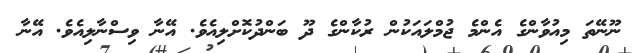
ނޫނޭތަ މިއުވާންގެ އެންމެ ޖުމްލައަކުން ރުކާންގެ ދޫ ބަންދުކޮށްލިއެވެ. އޭނާ ވިސްނާލިއެވެ. އޭނާ